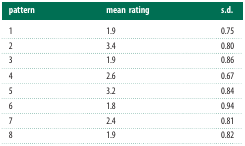
<table><thead><tr><td><b>pattern</b></td><td><b>mean rating</b></td><td><b>s.d.</b></td></tr></thead><tbody><tr><td>1</td><td>1.9</td><td>0.75</td></tr><tr><td>2</td><td>3.4</td><td>0.80</td></tr><tr><td>3</td><td>1.9</td><td>0.86</td></tr><tr><td>4</td><td>2.6</td><td>0.67</td></tr><tr><td>5</td><td>3.2</td><td>0.84</td></tr><tr><td>6</td><td>1.8</td><td>0.94</td></tr><tr><td>7</td><td>2.4</td><td>0.81</td></tr><tr><td>8</td><td>1.9</td><td>0.82</td></tr></tbody></table>